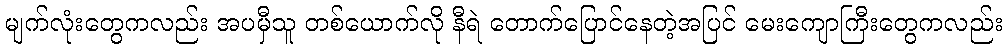
မျက်လုံးတွေကလည်း အပမှီသူ တစ်ယောက်လို နီရဲ တောက်ပြောင်နေတဲ့အပြင် မေးကျောကြီးတွေကလည်း